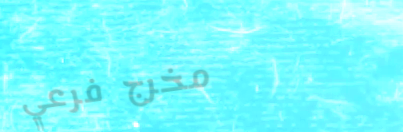
مخرج فرعي